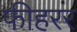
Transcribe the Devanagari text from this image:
फीहरर